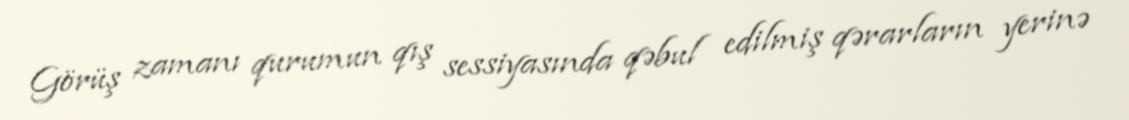
Görüş zamanı qurumun qış sessiyasında qəbul edilmiş qərarların yerinə